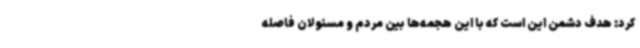
کرد: هدف دشمن این است که با این هجمه‌ها بین مردم و مسئولان فاصله